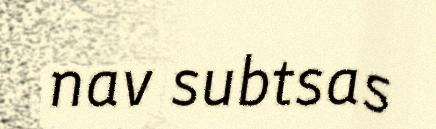
nav subtsas